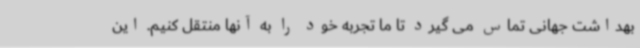
بهداشت جهانی تماس می گیرد تا ما تجربه خود را به آنها منتقل کنیم. این